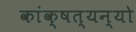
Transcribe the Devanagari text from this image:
कांक्षत्यन्यो